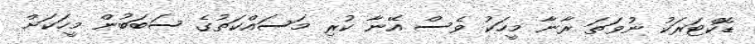
ޑޮކްޓަރަކު ނުވަތަ ރާނާ މީހަކު ވެސް އޭނާ ކުރި މަސައްކަތުގެ ސަބަބުން މީހަކަށް